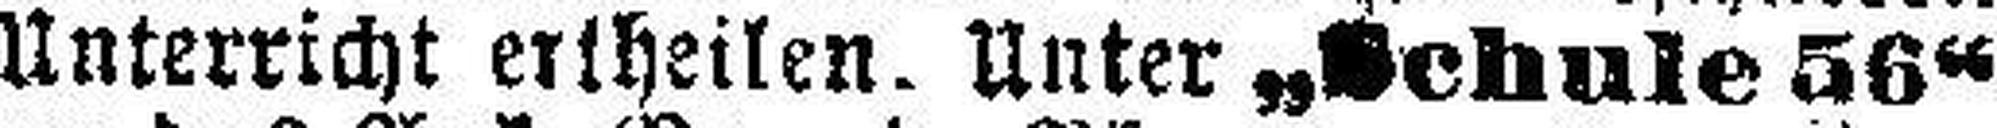
Unterricht ertheilen. Unter „Schule 56“